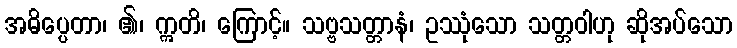
အဓိပ္ပေတာ၊ ၏၊ ဣတိ၊ ကြောင့်။ သဗ္ဗသတ္တာနံ၊ ဥဿုံသော သတ္တဝါဟု ဆိုအပ်သော